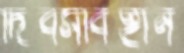
দিবসবিহীন